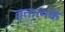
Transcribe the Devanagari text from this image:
वृत्तात्मक